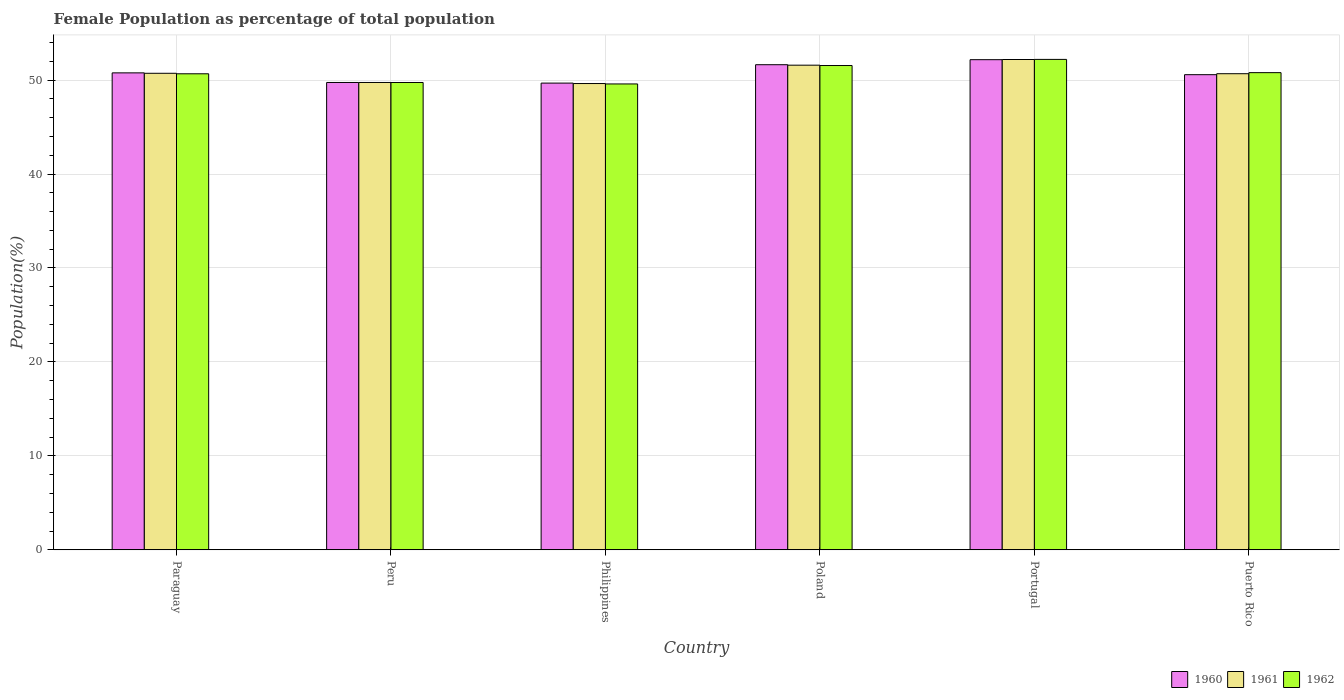
| Country | 1960 | 1961 | 1962 |
 | --- | --- | --- | --- |
 | Paraguay | 50.8 | 50.7 | 50.7 |
 | Peru | 49.7 | 49.7 | 49.7 |
 | Philippines | 49.7 | 49.6 | 49.6 |
 | Poland | 51.6 | 51.6 | 51.5 |
 | Portugal | 52.2 | 52.2 | 52.2 |
 | Puerto Rico | 50.6 | 50.7 | 50.8 |